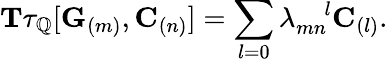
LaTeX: \mathbf{T}\tau_{\mathbb{Q}}[\mathbf{G}_{(m)},\mathbf{C}_{(n)}]=\sum_{l=0}\lambda_{mn}^{\quad l}\mathbf{C}_{(l)}.